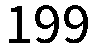
199